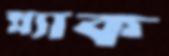
স্ল্যাক